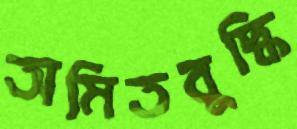
অমিতবুদ্ধি